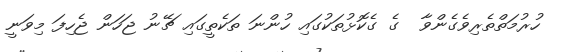
ހުރުމަތްތެރިވެގެންވާ  ގެ ގެކޮޅުތަކުގައި ހުންނަ ތަކެތީގައި ޗޭނު ޖަހަން ޖެހިފަ މިވަނީ